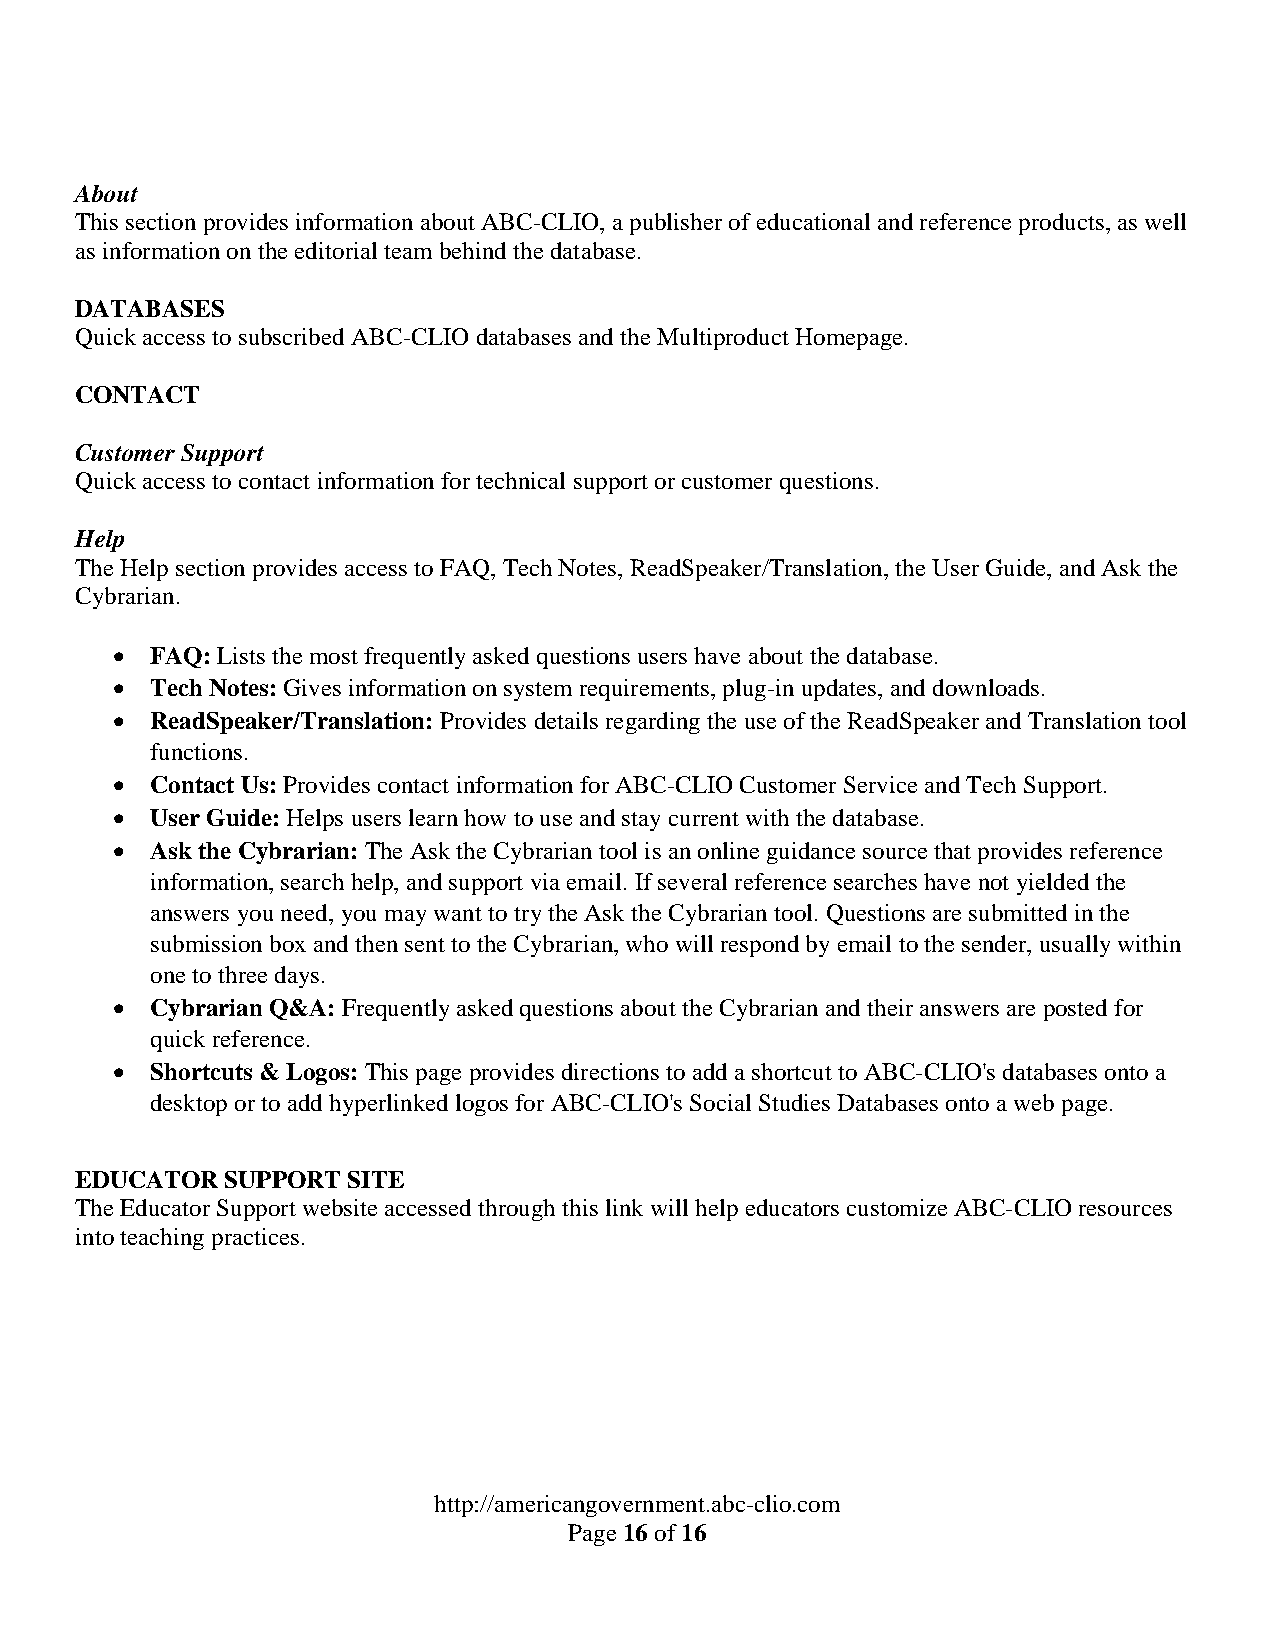
About
 This section provides information about ABC-CLIO, a publisher of educational and reference products, as well
 as information on the editorial team behind the database.
 DATABASES
 Quick access to subscribed ABC-CLIO databases and the Multiproduct Homepage.
 CONTACT
 Customer Support
 Quick access to contact information for technical support or customer questions.
 Help
 The Help section provides access to FAQ, Tech Notes, ReadSpeaker/Translation, the User Guide, and Ask the
 Cybrarian.
 •  FAQ: Lists the most frequently asked questions users have about the database.
 •  Tech Notes: Gives information on system requirements, plug-in updates, and downloads.
 •  ReadSpeaker/Translation: Provides details regarding the use of the ReadSpeaker and Translation tool
 functions.
 •  Contact Us: Provides contact information for ABC-CLIO Customer Service and Tech Support.
 •  User Guide: Helps users learn how to use and stay current with the database.
 •  Ask the Cybrarian: The Ask the Cybrarian tool is an online guidance source that provides reference
 information, search help, and support via email. If several reference searches have not yielded the
 answers you need, you may want to try the Ask the Cybrarian tool. Questions are submitted in the
 submission box and then sent to the Cybrarian, who will respond by email to the sender, usually within
 one to three days.
 •  Cybrarian Q&A: Frequently asked questions about the Cybrarian and their answers are posted for
 quick reference.
 •  Shortcuts & Logos: This page provides directions to add a shortcut to ABC-CLIO's databases onto a
 desktop or to add hyperlinked logos for ABC-CLIO's Social Studies Databases onto a web page.
 EDUCATOR  SUPPORT SITE
 The Educator Support website accessed through this link will help educators customize ABC-CLIO resources
 into teaching practices.
 http://americangovernment.abc-clio.com
 Page 16 of 16